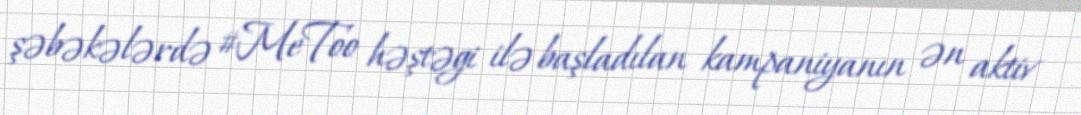
şəbəkələrdə #MeToo həştəgi ilə başladılan kampaniyanın ən aktiv